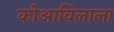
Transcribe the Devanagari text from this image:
कोआविलाला